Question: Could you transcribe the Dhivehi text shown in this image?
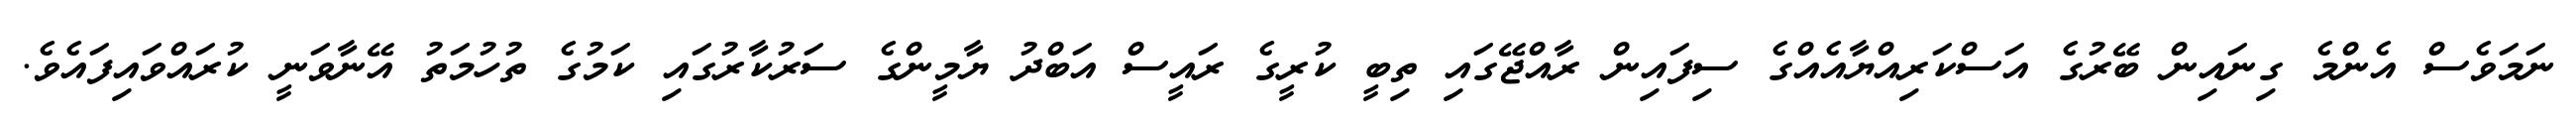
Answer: ނަމަވެސް އެންމެ ގިނައިން ބޭރުގެ އަސްކަރިއްޔާއެއްގެ ސިފައިން ރާއްޖޭގައި ތިބީ ކުރީގެ ރައީސް އަބްދު ޔާމީންގެ ސަރުކާރުގައި ކަމުގެ ތުހުމަތު އޭނާވަނީ ކުރައްވައިފައެވެ.